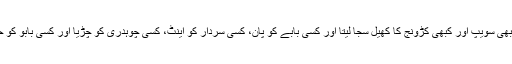
چوہدری شرفو حسبِ حال کبھی برج، کبھی رنگ، کبھی رمی کبھی سویپ اور کبھی کڑونج کا کھیل سجا لیتا اور کسی بابے کو پان، کسی سردار کو اینٹ، کسی چوہدری کو چڑیا اور کسی بابو کو حکم کا اوتار چڑھا دیتا اور پھرٹھا ٹھا پتے پھینکے جانے لگتے۔